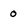
Character: 0